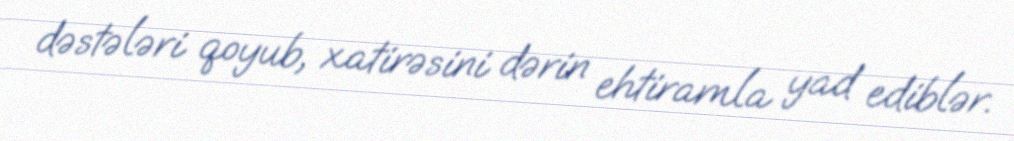
dəstələri qoyub, xatirəsini dərin ehtiramla yad ediblər.